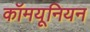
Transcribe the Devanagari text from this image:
कॉमयूनियन